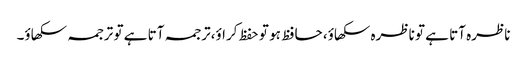
ناظرہ آتا ہے تو ناظرہ سکھاؤ، حافظ ہو تو حفظ کراؤ،ترجمہ آتا ہے تو ترجمہ سکھاؤ۔